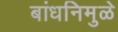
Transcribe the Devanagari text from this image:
बांधनिमुळे